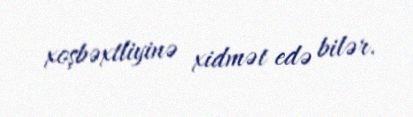
xoşbəxtliyinə xidmət edə bilər.